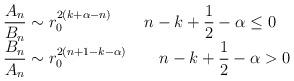
LaTeX: \begin{align*}\begin{array}{l} \displaystyle{\frac{A_n}{B_n}}\sim r_0^{2\left(k+\alpha-n\right)} \qquad n-k+\frac{1}{2}-\alpha \leq 0 \\ \displaystyle{\frac{B_n}{A_n}}\sim r_0^{2\left(n+1-k-\alpha\right)} \qquad n-k+\frac{1}{2}-\alpha> 0\end{array}\end{align*}